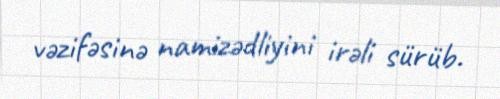
vəzifəsinə namizədliyini irəli sürüb.